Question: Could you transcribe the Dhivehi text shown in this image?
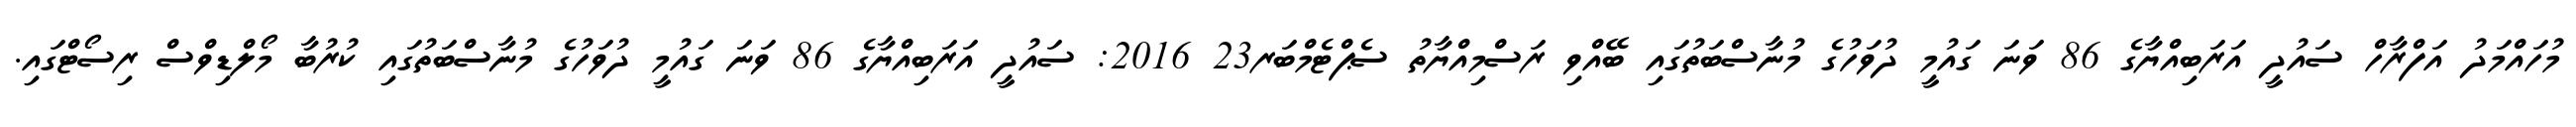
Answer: މުހައްމަދު އަފްރާހް ސައުދީ އަރަބިއްޔާގެ 86 ވަނަ ގައުމީ ދުވަހުގެ މުނާސްބަތުގައި ބޭއްވި ރަސްމިއްޔާތު ސެޕްޓެމްބަރ23 2016: ސައުދީ އަރަބިއްޔާގެ 86 ވަނަ ގައުމީ ދުވަހުގެ މުނާސްބަތުގައި ކުރުބާ މޯލްޑިވްސް ރިސޯޓްގައި.